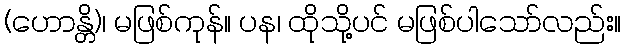
(ဟောန္တိ)၊ မဖြစ်ကုန်။ ပန၊ ထိုသို့ပင် မဖြစ်ပါသော်လည်း။